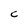
Character: C